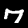
Label: 7